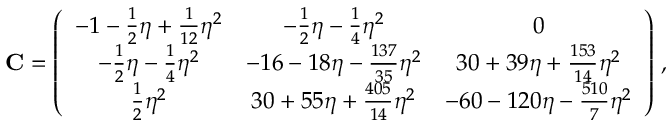
{ \bf C } = \left( \begin{array} { c c c } { - 1 - \frac { 1 } { 2 } \eta + \frac { 1 } { 1 2 } \eta ^ { 2 } } & { - \frac { 1 } { 2 } \eta - \frac { 1 } { 4 } \eta ^ { 2 } } & { 0 } \\ { - \frac { 1 } { 2 } \eta - \frac { 1 } { 4 } \eta ^ { 2 } } & { - 1 6 - 1 8 \eta - \frac { 1 3 7 } { 3 5 } \eta ^ { 2 } } & { 3 0 + 3 9 \eta + \frac { 1 5 3 } { 1 4 } \eta ^ { 2 } } \\ { \frac { 1 } { 2 } \eta ^ { 2 } } & { 3 0 + 5 5 \eta + \frac { 4 0 5 } { 1 4 } \eta ^ { 2 } } & { - 6 0 - 1 2 0 \eta - \frac { 5 1 0 } { 7 } \eta ^ { 2 } } \end{array} \right) \, ,